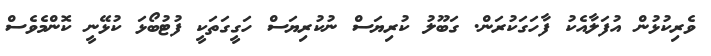
ވެރިކުޅުން އުފަލާއެކު ފާހަގަކުރަން. ގަބޫލު ކުރިޔަސް ނުކުރިޔަސް ހަގީގަތަކީ ފުޓުބޯޅަ ކުޅޭނީ ކޮންމެވެސް